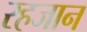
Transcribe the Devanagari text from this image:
रहजान